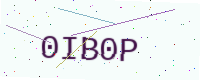
Text: 0IB0P